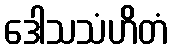
ဒေါသသံဟိတံ